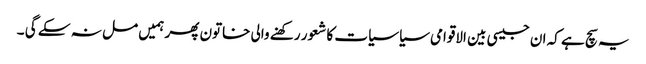
یہ سچ ہے کہ ان جیسی بین الاقوامی سیاسیات کا شعور رکھنے والی خاتون پھر ہمیں مل نہ سکے گی ۔